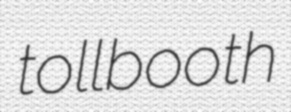
tollbooth